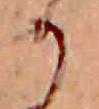
か